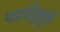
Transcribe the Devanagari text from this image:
पानिहटि